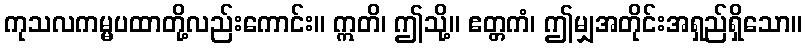
ကုသလကမ္မပထာတို့လည်းကောင်း။ ဣတိ၊ ဤသို့။ ဧတ္တကံ၊ ဤမျှအတိုင်းအရှည်ရှိသော။